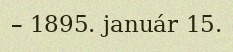
– 1895. január 15.